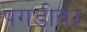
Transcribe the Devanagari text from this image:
पगडीवर